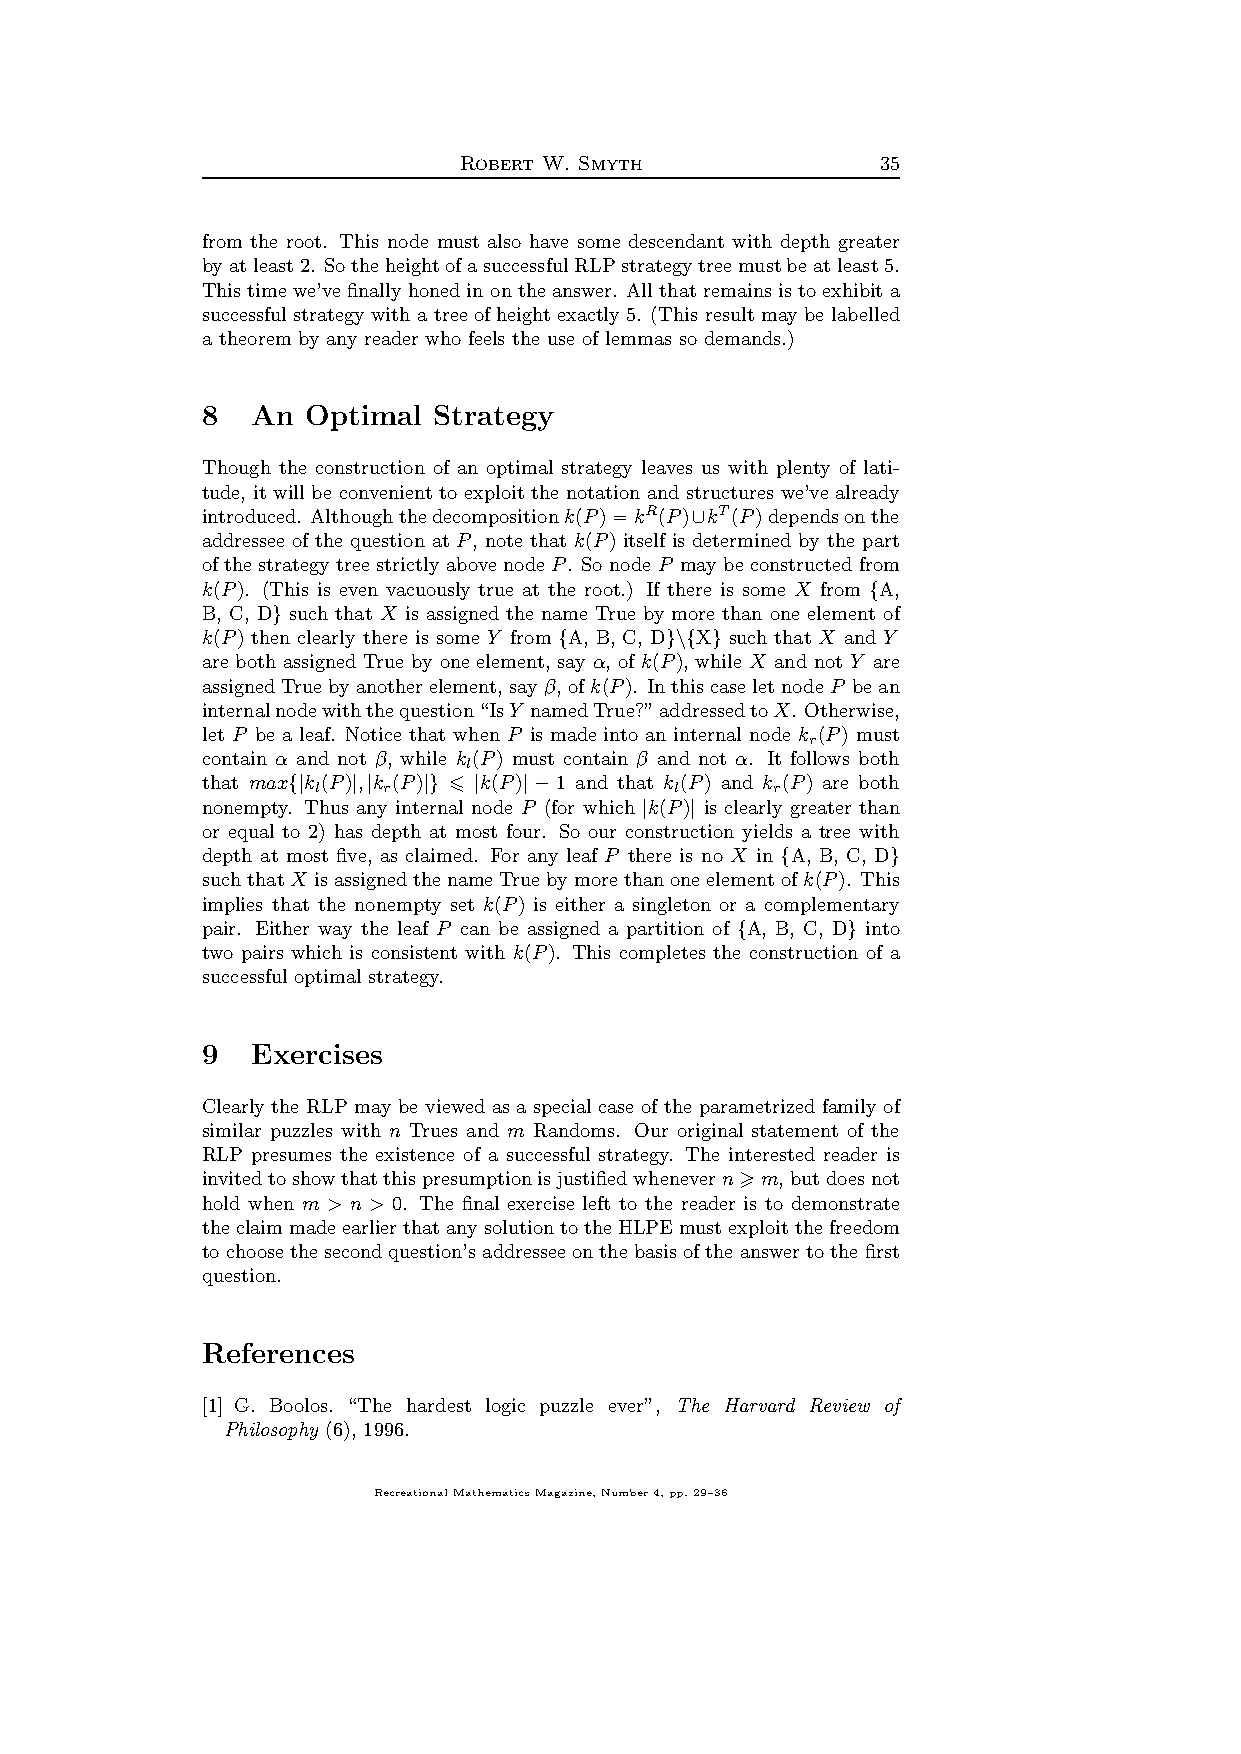
Robert W. Smyth             35
 from the root. This node must also have some descendant with depth greater
 byatleast2. SotheheightofasuccessfulRLPstrategytreemustbeatleast5.
 This time we’vefinallyhoned in onthe answer. All that remainsis toexhibit a
 successful strategywith a tree ofheight exactly5. (This result maybe labelled
 a theorem by any reader who feels the use of lemmas so demands.)
 8   An Optimal  Strategy
 Though the construction of an optimal strategy leaves us with plenty of lati-
 tude, it will be convenient to exploit the notation and structures we’ve already
 introduced. Althoughthedecompositionk(P)=kR(P) kT(P)dependsonthe
 ∪
 addressee of the question at P, note that k(P) itself is determined by the part
 ofthe strategytreestrictly abovenode P. So node P maybe constructedfrom
 k(P). (This is even vacuously true at the root.) If there is some X from A,
 {
 B, C, D such that X is assigned the name True by more than one element of
 }
 k(P) then clearly there is some Y from A, B, C, D X such that X and Y
 {      }\{ }
 are both assigned True by one element, say α, of k(P), while X and not Y are
 assignedTruebyanotherelement, sayβ,ofk(P). InthiscaseletnodeP bean
 internalnodewiththequestion“IsY namedTrue?”addressedtoX. Otherwise,
 let P be a leaf. Notice that when P is made into an internal node k (P) must
 r
 contain α and not β, while k(P) must contain β and not α. It follows both
 l
 that max k l(P), k r(P) 6 k(P) 1 and that k l(P) and k r(P) are both
 {|  | |  |} |   |−
 nonempty. Thus any internal node P (for which k(P) is clearly greater than
 |   |
 or equal to 2) has depth at most four. So our construction yields a tree with
 depth at most five, as claimed. For any leaf P there is no X in A, B, C, D
 {      }
 suchthatX isassignedthenameTruebymorethanoneelementofk(P). This
 implies that the nonempty set k(P) is either a singleton or a complementary
 pair. Either way the leaf P can be assigned a partition of A, B, C, D into
 {      }
 two pairs which is consistent with k(P). This completes the construction of a
 successful optimal strategy.
 9   Exercises
 Clearly the RLP may be viewed as a special case of the parametrized family of
 similar puzzles with n Trues and m Randoms. Our original statement of the
 RLP presumes the existence of a successful strategy. The interested reader is
 invitedtoshowthatthispresumptionisjustifiedwhenevern>m,butdoesnot
 hold when m > n > 0. The final exercise left to the reader is to demonstrate
 the claimmadeearlierthatanysolutiontotheHLPEmustexploitthefreedom
 to choosethe secondquestion’saddresseeonthe basisofthe answertothe first
 question.
 References
 [1] G. Boolos. “The hardest logic puzzle ever”, The Harvard Review of
 Philosophy (6), 1996.
 RecreationalMathematicsMagazine,Number4,pp.29–36